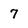
Character: 7